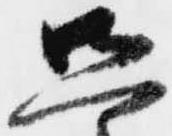
只